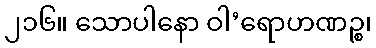
၂၁၆။ သောပါနော ဝါ’ရောဟဏဉ္စ၊